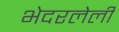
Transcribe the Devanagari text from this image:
भेदरलेली